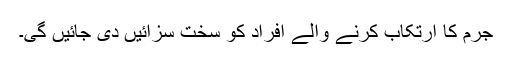
جرم کا ارتکاب کرنے والے افراد کو سخت سزائیں دی جائیں گی۔